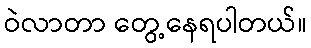
ဝဲလာတာ တွေ့နေရပါတယ်။